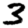
Digit: 3